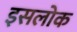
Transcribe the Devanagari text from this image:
इसलोक